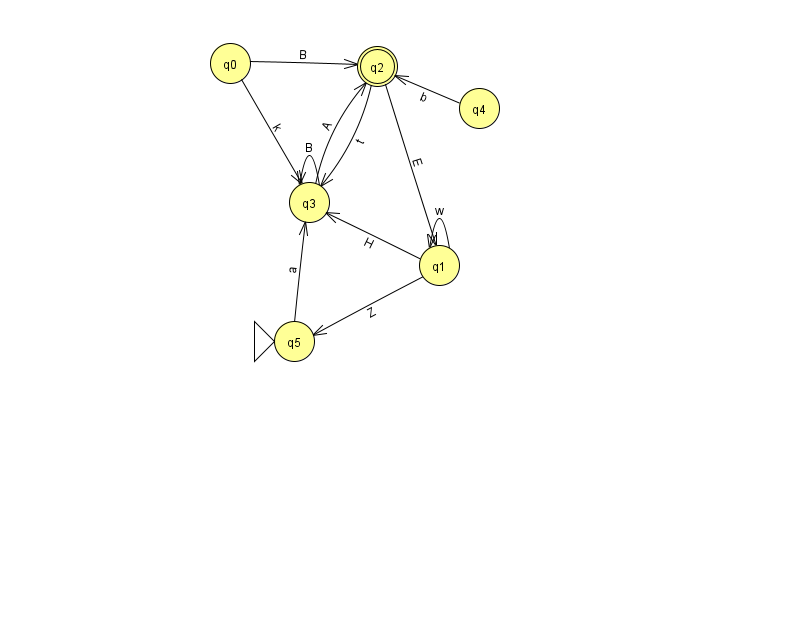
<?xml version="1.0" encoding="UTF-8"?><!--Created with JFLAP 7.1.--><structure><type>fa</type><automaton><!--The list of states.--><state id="0" name="q0"><x>230.0</x><y>50.0</y></state><state id="1" name="q1"><x>439.0</x><y>252.0</y></state><state id="2" name="q2"><x>377.0</x><y>53.0</y><final/></state><state id="3" name="q3"><x>309.0</x><y>189.0</y></state><state id="4" name="q4"><x>479.0</x><y>95.0</y></state><state id="5" name="q5"><x>294.0</x><y>328.0</y><initial/></state><!--The list of transitions.--><transition><from>2</from><to>1</to><read>E</read></transition><transition><from>3</from><to>3</to><read>B</read></transition><transition><from>3</from><to>2</to><read>A</read></transition><transition><from>4</from><to>2</to><read>b</read></transition><transition><from>5</from><to>3</to><read>a</read></transition><transition><from>0</from><to>3</to><read>k</read></transition><transition><from>2</from><to>3</to><read>t</read></transition><transition><from>1</from><to>1</to><read>w</read></transition><transition><from>0</from><to>2</to><read>B</read></transition><transition><from>1</from><to>3</to><read>H</read></transition><transition><from>1</from><to>5</to><read>Z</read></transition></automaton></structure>